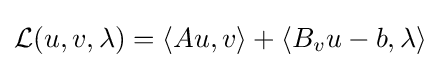
{\mathcal {L}}(u,v,\lambda )=\langle Au,v\rangle +\langle B_{v}u-b,\lambda \rangle